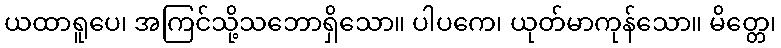
ယထာရူပေ၊ အကြင်သို့သဘောရှိသော။ ပါပကေ၊ ယုတ်မာကုန်သော။ မိတ္တေ၊